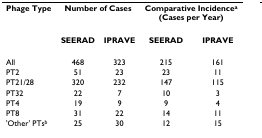
<table><thead><tr><td><b>Phage Type</b></td><td colspan="2"><b>Number of Cases</b></td><td colspan="2"><b>Comparative Incidence<sup>a</sup>(Cases per Year)</b></td></tr><tr><td></td><td><b>SEERAD</b></td><td><b>IPRAVE</b></td><td><b>SEERAD</b></td><td><b>IPRAVE</b></td></tr></thead><tbody><tr><td>All</td><td>468</td><td>323</td><td>215</td><td>161</td></tr><tr><td>PT2</td><td>51</td><td>23</td><td>23</td><td>11</td></tr><tr><td>PT21/28</td><td>320</td><td>232</td><td>147</td><td>115</td></tr><tr><td>PT32</td><td>22</td><td>7</td><td>10</td><td>3</td></tr><tr><td>PT4</td><td>19</td><td>9</td><td>9</td><td>4</td></tr><tr><td>PT8</td><td>31</td><td>22</td><td>14</td><td>11</td></tr><tr><td>&#x27;Other&#x27; PTs<sup>b</sup></td><td>25</td><td>30</td><td>12</td><td>15</td></tr></tbody></table>